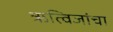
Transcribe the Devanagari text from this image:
ऋत्विजांचा